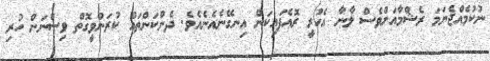
ނުކުމެއްޖެނަމަ ރެޝްމާއަށްވެސް ލާނާ އެހުރީ ރޮއެފައިކަން އިނގޭނެއެނެއެވެ. ދެންކަންތައް ކުރަންވީގޮތް ވިސްނަން ހުރި